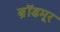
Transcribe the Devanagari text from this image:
ब्रॉडमूर